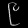
Digit: ၉